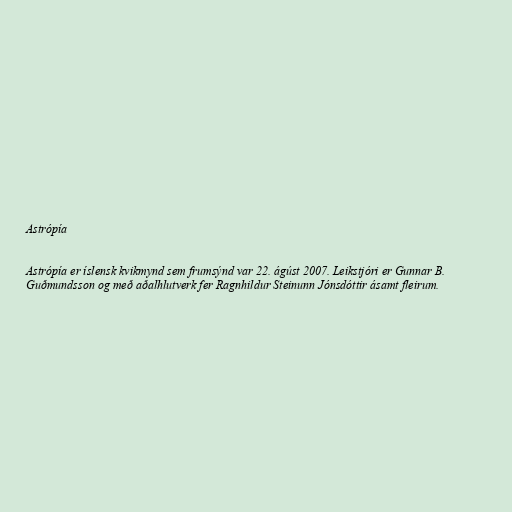
Astrópía

Astrópía er íslensk kvikmynd sem frumsýnd var 22. ágúst 2007. Leikstjóri er Gunnar B.
Guðmundsson og með aðalhlutverk fer Ragnhildur Steinunn Jónsdóttir ásamt fleirum.